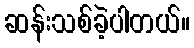
ဆန်းသစ်ခဲ့ပါတယ်။